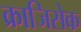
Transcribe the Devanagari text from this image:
क्राजिसेक